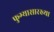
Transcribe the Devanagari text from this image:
फुग्यासारख्या